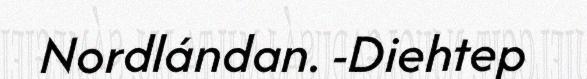
Nordlándan. -Diehtep